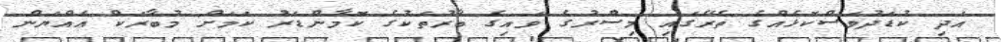
އަދި ކުޑަދުވަސްކޮޅެއްގެ ތެރޭގައި މިސްރުގެ ވައިގެ ބާރުތަކުގެ ކޮމާންޑަރު ކަމަށް މުބާރަކް ޢައްޔަން